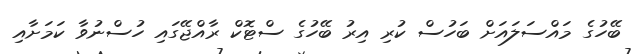
ބޭހުގެ މައްސަލައަށް ބަހުސް ކުރި އިރު ބޭހުގެ ސްޓޮކް ރާއްޖޭގައި ހުސްނުވާ ކަމަށާއި